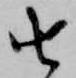
由